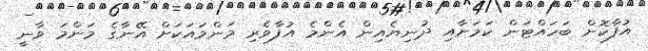
އުފާކޮށް ބަހައްޓަން ކަމަށާއި ދުނިޔެއިން އެންމެ އުފާވެރި މަންމައަކަށް އޭނާގެ މަންމަ ވާނީ